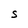
Character: S